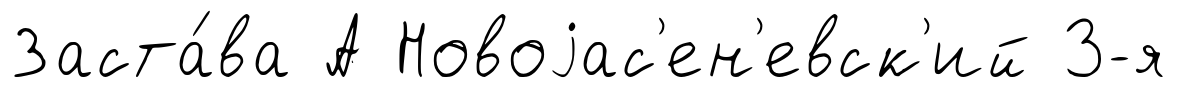
Заста́ва А Новоjас'ен'евск'ий 3-я